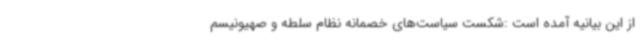
از این بیانیه آمده است :شکست سیاست‌های خصمانه نظام سلطه و صهیونیسم